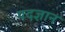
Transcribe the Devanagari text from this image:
पदज्ञान